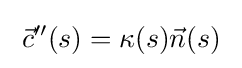
\;{\vec {c}}''(s)=\kappa (s){\vec {n}}(s)\;